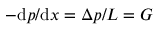
- \mathrm { d } p / \mathrm { d } x = \Delta p / L = G